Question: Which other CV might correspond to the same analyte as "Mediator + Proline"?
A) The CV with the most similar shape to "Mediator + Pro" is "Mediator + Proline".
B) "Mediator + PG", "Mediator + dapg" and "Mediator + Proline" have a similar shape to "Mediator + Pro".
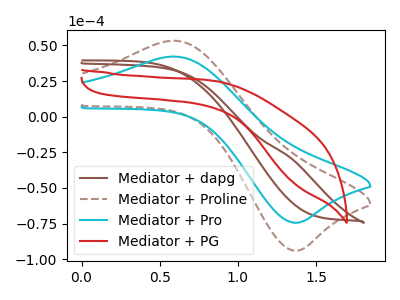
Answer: <think>The brown curve "Mediator + dapg" has no peaks. The brown dashed curve "Mediator + Proline" has an anodic peak at (0.60V, 53.20uA) and a cathodic peak at (1.35V, -93.90uA). The cyan curve "Mediator + Pro" has an anodic peak at (0.60V, 42.10uA) and a cathodic peak at (1.35V, -74.35uA). The red curve "Mediator + PG" has no peaks.
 "Mediator + dapg" and "Mediator + Proline" have a different number of peaks. "Mediator + dapg" and "Mediator + Pro" have a different number of peaks. Neither "Mediator + dapg" or "Mediator + PG" have any peaks. All the peaks in "Mediator + Proline" have a peak in "Mediator + Pro" at the same potential. Every peak in "Mediator + Proline" is higher than every peak in "Mediator + Pro". "Mediator + Proline" and "Mediator + PG" have a different number of peaks. "Mediator + Pro" and "Mediator + PG" have a different number of peaks.</think>
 <answer>A) The CV with the most similar shape to "Mediator + Pro" is "Mediator + Proline".</answer>
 <eval>A</eval>